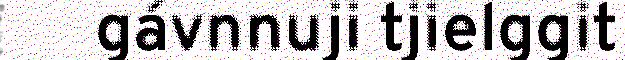
gávnnuji tjielggit